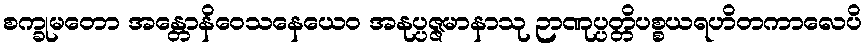
စက္ခုမတော အန္တောနိဝေသနေယေဝ အနုပ္ပဇ္ဇမာနာသု ဉာဏုပ္ပတ္တိပစ္စယရဟိတကာလေပိ